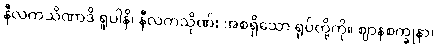
နီလကသိဏာဒိ ရူပါနိ၊ နီလကသိုဏ်း အစရှိသော ရုပ်တို့ကို။ ဈာနစက္ခုနာ၊